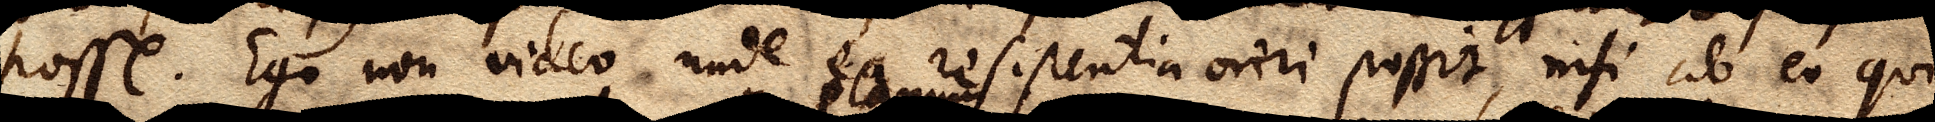
posse. Ego non video unde ea resistentia oriri possit, nisi ab eo qui